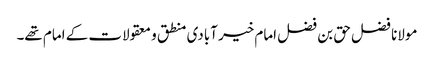
مولانا فضل حق بن فضل امام خیر آبادی منطق و معقولات کے امام تھے۔